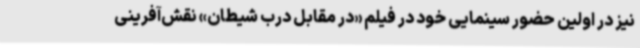
نیز در اولین حضور سینمایی خود در فیلم «در مقابل درب شیطان» نقش‌آفرینی